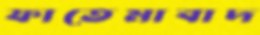
ফাতেমাবাদ